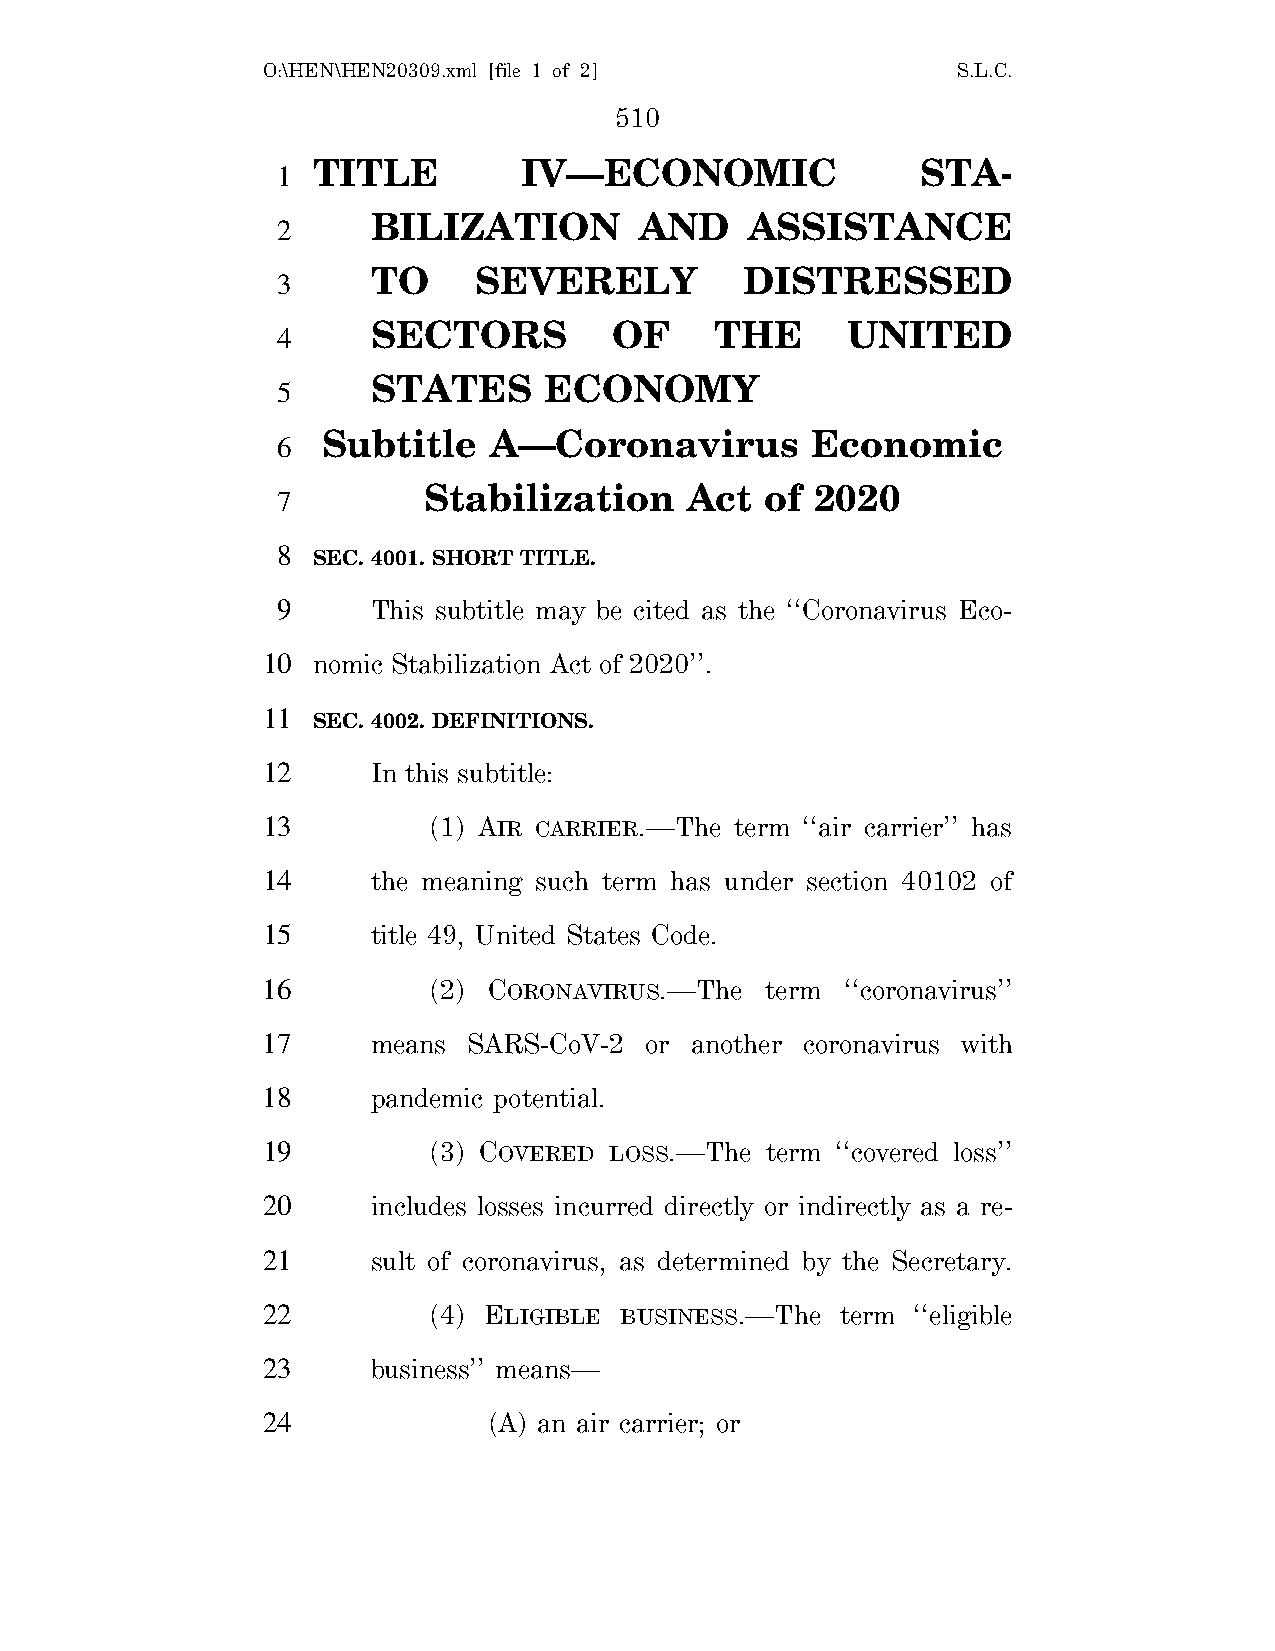
O:\HEN\HEN20309.xml [file 1 of 2]             S.L.C.
 510
 TITLE        IV—ECONOMIC                STA-
 1
 BILIZATION       AND     ASSISTANCE
 2
 TO    SEVERELY          DISTRESSED
 3
 SECTORS        OF     THE      UNITED
 4
 STATES     ECONOMY
 5
 Subtitle   A—Coronavirus         Economic
 6
 Stabilization     Act  of 2020
 7
 8
 SEC. 4001. SHORT TITLE.
 9      This subtitle may be cited as the ‘‘Coronavirus Eco-
 10  nomic Stabilization Act of 2020’’.
 11
 SEC. 4002. DEFINITIONS.
 12      In this subtitle:
 13         (1) AIR CARRIER.—The term ‘‘air carrier’’ has
 14      the meaning such term has under section 40102 of
 15      title 49, United States Code.
 16         (2) CORONAVIRUS.—The   term ‘‘coronavirus’’
 17      means SARS-CoV-2  or another coronavirus with
 18      pandemic potential.
 19         (3) COVERED LOSS.—The  term ‘‘covered loss’’
 20      includes losses incurred directly or indirectly as a re-
 21      sult of coronavirus, as determined by the Secretary.
 22         (4) ELIGIBLE BUSINESS.—The  term ‘‘eligible
 23      business’’ means—
 24             (A) an air carrier; or